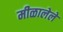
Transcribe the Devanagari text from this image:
मीळालेले